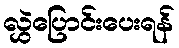
လွှဲပြောင်းပေးရန်